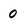
Character: 0